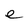
Character: e